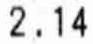
2.14